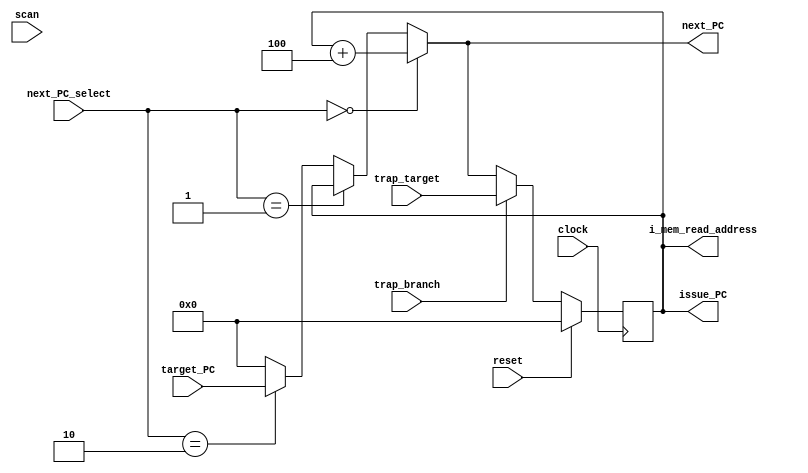
/** @module : fetch_issue_intr
 *  @author : Secure, Trusted, and Assured Microelectronics (STAM) Center

 *  Copyright (c) 2022 Trireme (STAM/SCAI/ASU)
 *  Permission is hereby granted, free of charge, to any person obtaining a copy
 *  of this software and associated documentation files (the "Software"), to deal
 *  in the Software without restriction, including without limitation the rights
 *  to use, copy, modify, merge, publish, distribute, sublicense, and/or sell
 *  copies of the Software, and to permit persons to whom the Software is
 *  furnished to do so, subject to the following conditions:
 *  The above copyright notice and this permission notice shall be included in
 *  all copies or substantial portions of the Software.

 *  THE SOFTWARE IS PROVIDED "AS IS", WITHOUT WARRANTY OF ANY KIND, EXPRESS OR
 *  IMPLIED, INCLUDING BUT NOT LIMITED TO THE WARRANTIES OF MERCHANTABILITY,
 *  FITNESS FOR A PARTICULAR PURPOSE AND NONINFRINGEMENT. IN NO EVENT SHALL THE
 *  AUTHORS OR COPYRIGHT HOLDERS BE LIABLE FOR ANY CLAIM, DAMAGES OR OTHER
 *  LIABILITY, WHETHER IN AN ACTION OF CONTRACT, TORT OR OTHERWISE, ARISING FROM,
 *  OUT OF OR IN CONNECTION WITH THE SOFTWARE OR THE USE OR OTHER DEALINGS IN
 *  THE SOFTWARE.
 */

module fetch_issue_intr #(
  parameter CORE            =    0,
  parameter RESET_PC        =    0,
  parameter ADDRESS_BITS    =   32,
  parameter SCAN_CYCLES_MIN =    1,
  parameter SCAN_CYCLES_MAX = 1000
) (
  input  clock,
  input  reset,
  // Control signals
  input  [1:0] next_PC_select,
  input  [ADDRESS_BITS-1:0] target_PC,

  input                     trap_branch,
  input  [ADDRESS_BITS-1:0] trap_target,
  output [ADDRESS_BITS-1:0] next_PC,
  // Interface to fetch receive
  output [ADDRESS_BITS-1:0] issue_PC,
  // instruction cache interface
  output [ADDRESS_BITS-1:0] i_mem_read_address,
  // Scan signal
  input scan
);

reg [ADDRESS_BITS-1:0] PC_reg;

// Assign Outputs
assign issue_PC           = PC_reg;
assign i_mem_read_address = PC_reg;

// next_PC wire to send to *epc CSR on a trap
assign next_PC = (next_PC_select == 2'b00) ? PC_reg + 4 :
                 (next_PC_select == 2'b01) ? PC_reg     :
                 (next_PC_select == 2'b10) ? target_PC  :
                 RESET_PC;

always @(posedge clock)begin
  if(reset) begin
    PC_reg <= RESET_PC;
  end
  else if(trap_branch) begin
    PC_reg <= trap_target;
  end
  else begin
    PC_reg <= next_PC;
  end
end

endmodule

/**** next_PC_select encoding ****
* 2'b00: Increment PC (PC = PC  +  4 )
* 2'b01: Stall        (PC =   PC     )
* 2'b10: Jump/branch  (PC = target_PC)
*************************************/